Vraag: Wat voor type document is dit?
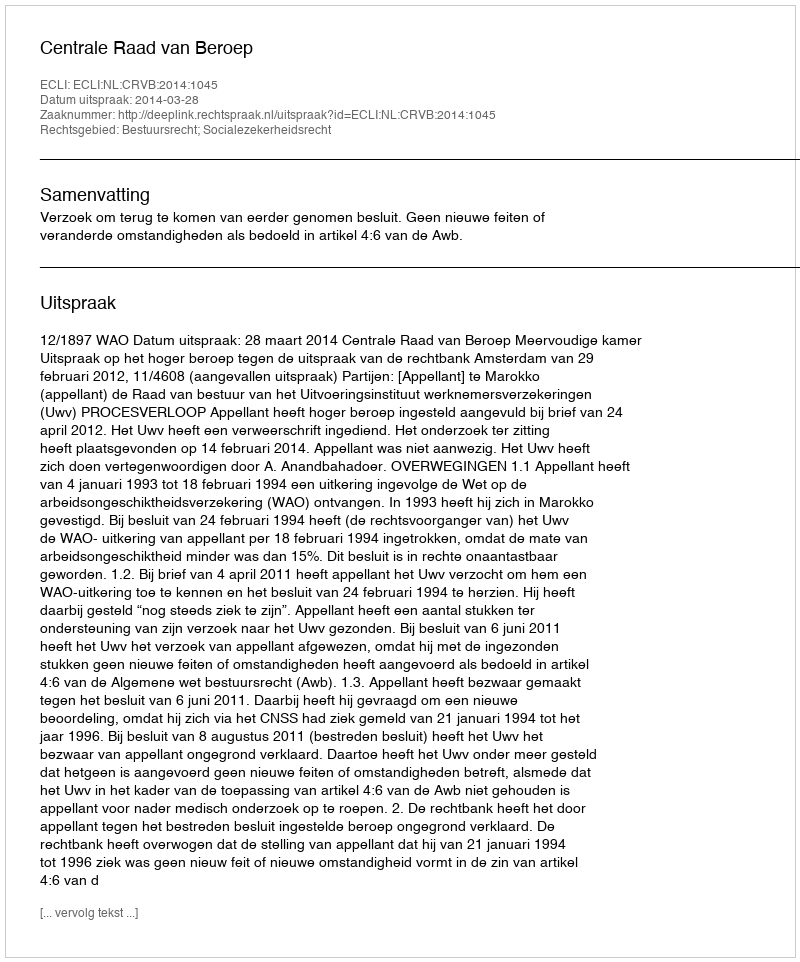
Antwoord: Uitspraak